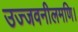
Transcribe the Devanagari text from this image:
उज्जवनीलमणि।